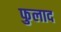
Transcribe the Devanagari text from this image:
फुलाद